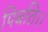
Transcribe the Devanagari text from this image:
पिबति।।